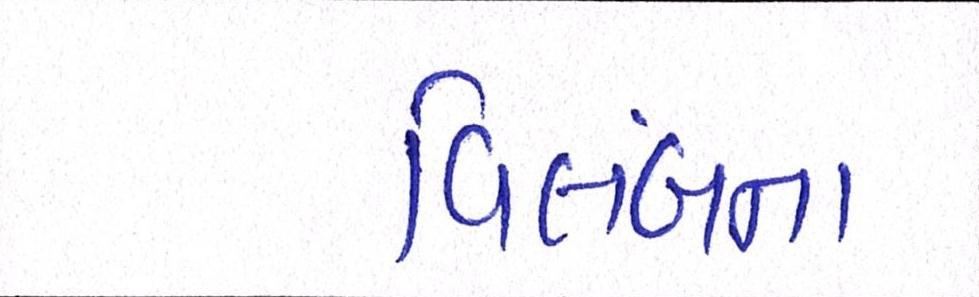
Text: વિલંબના